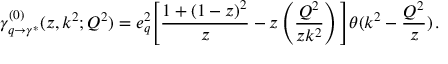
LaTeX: \gamma _ { q \rightarrow \gamma ^ { * } } ^ { ( 0 ) } ( z , k ^ { 2 } ; Q ^ { 2 } ) = e _ { q } ^ { 2 } \Bigg [ \frac { 1 + ( 1 - z ) ^ { 2 } } { z } - z \left( \frac { Q ^ { 2 } } { z k ^ { 2 } } \right) \Bigg ] \theta ( k ^ { 2 } - \frac { Q ^ { 2 } } { z } ) \, .